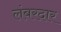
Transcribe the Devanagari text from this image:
लंबरदार